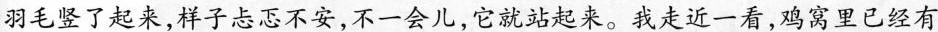
羽毛竖了起来，样子忐忑不安，不一会儿，它就站起来。我走近一看，鸡窝里已经有